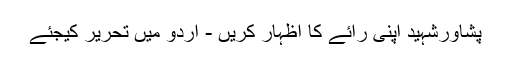
پشاورشہید اپنی رائے کا اظہار کریں - اُردو میں تحریر کیجئے